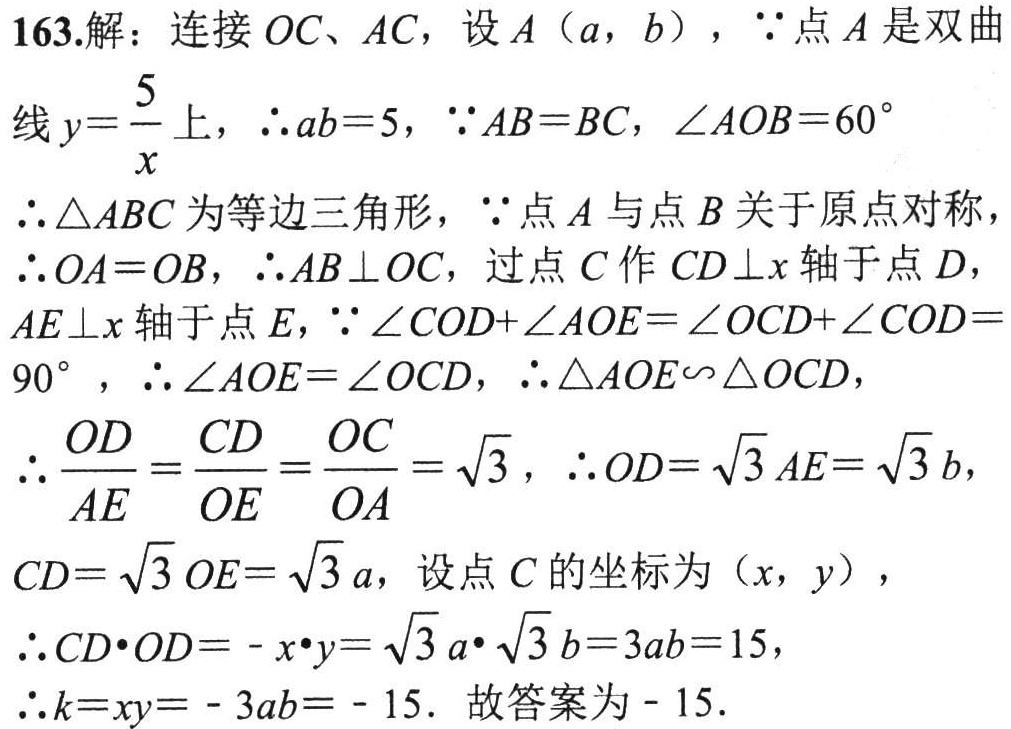
163.解：连接 \(OC\)、\(AC\)，设 \(A(a,b)\)，\(\because\) 点 \(A\) 是双曲线 \(y = \frac{5}{x}\) 上，\(\therefore ab = 5\)，\(\because AB = BC\)，\(\angle AOB = 60^{\circ}\)
\(\therefore \triangle ABC\) 为等边三角形，\(\because\) 点 \(A\) 与点 \(B\) 关于原点对称，
\(\therefore OA = OB\)，\(\therefore AB\perp OC\)，过点 \(C\) 作 \(CD\perp x\) 轴于点 \(D\)，
\(AE\perp x\) 轴于点 \(E\)，\(\because \angle COD+\angle AOE=\angle OCD+\angle COD = 90^{\circ}\)，\(\therefore \angle AOE=\angle OCD\)，\(\therefore \triangle AOE\sim\triangle OCD\)，
\(\therefore \frac{OD}{AE}=\frac{CD}{OE}=\frac{OC}{OA}=\sqrt{3}\)，\(\therefore OD = \sqrt{3}AE=\sqrt{3}b\)，
\(CD=\sqrt{3}OE=\sqrt{3}a\)，设点 \(C\) 的坐标为 \((x,y)\)，
\(\therefore CD\cdot OD=-x\cdot y=\sqrt{3}a\cdot\sqrt{3}b = 3ab = 15\)，
\(\therefore k = xy=-3ab=-15\). 故答案为 \(-15\).